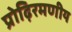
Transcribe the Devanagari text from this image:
प्रोढ़िरमणीय